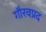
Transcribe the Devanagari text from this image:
गौरवप्रद